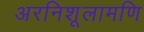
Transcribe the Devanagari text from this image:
अरनिशूलामणि